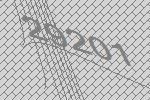
29201